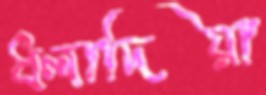
ধলাদিয়া